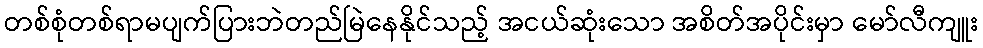
တစ်စုံတစ်ရာမပျက်ပြားဘဲတည်မြဲနေနိုင်သည့် အငယ်ဆုံးသော အစိတ်အပိုင်းမှာ မော်လီကျူး